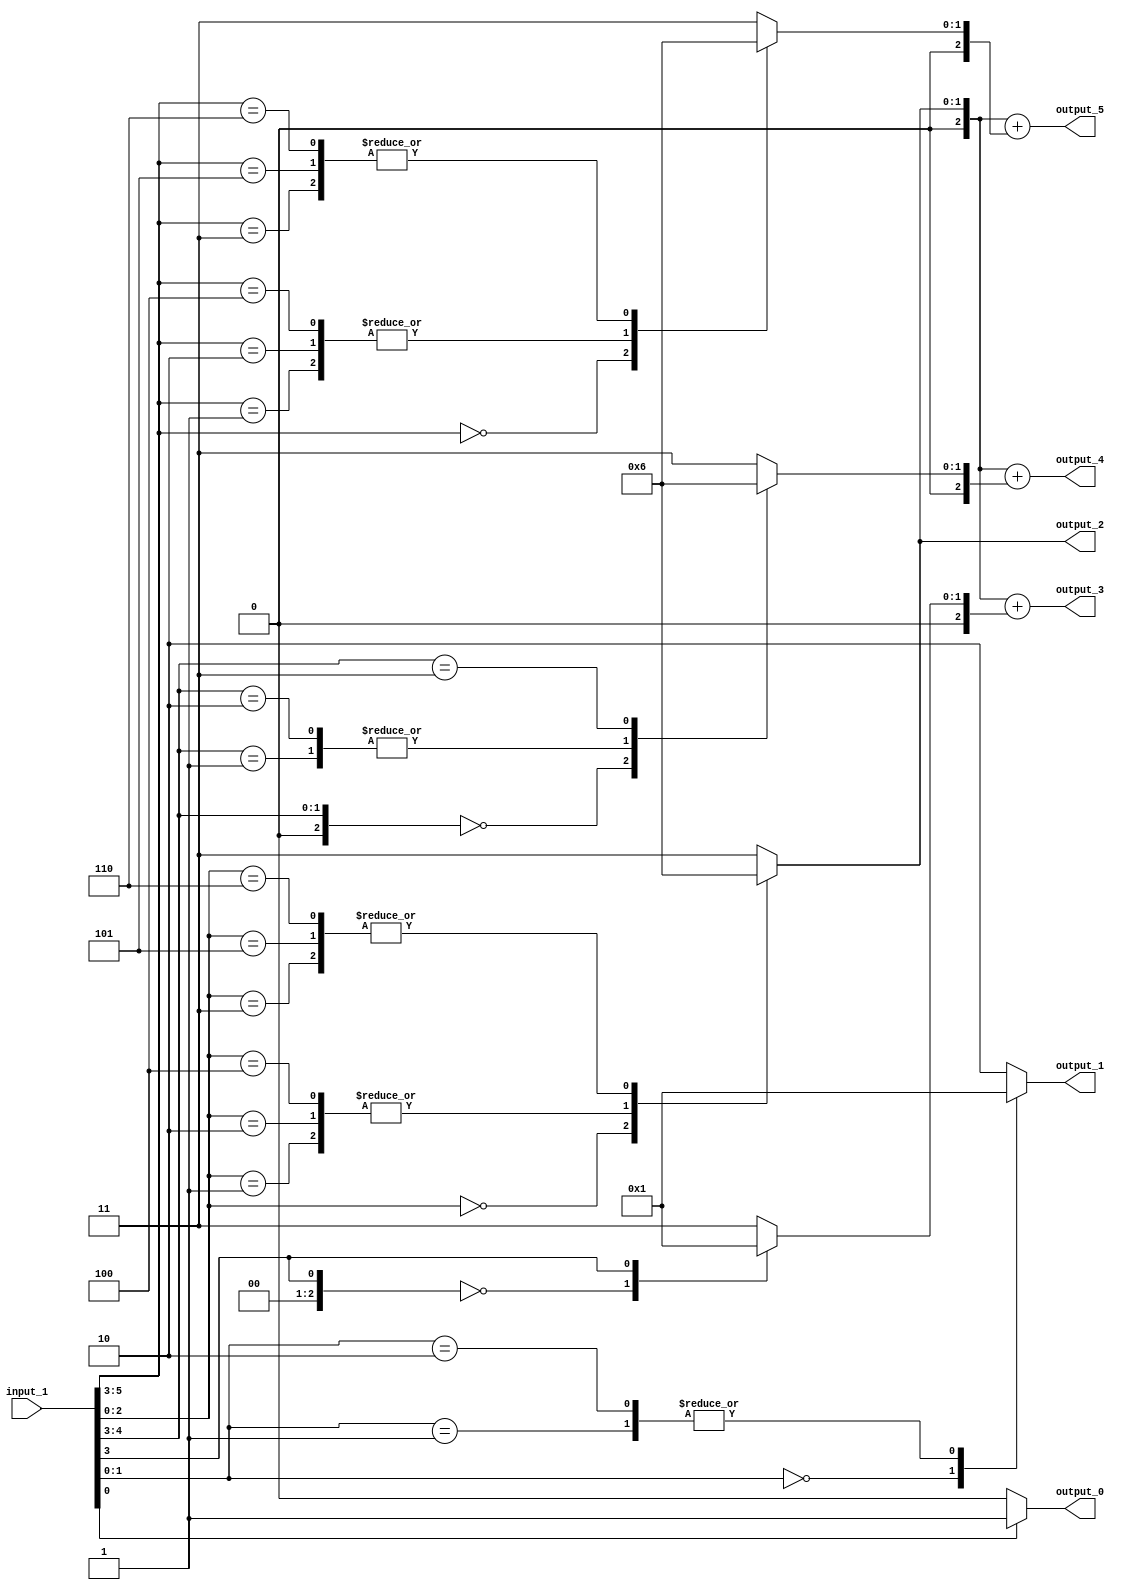
// Generator : SpinalHDL v1.4.3    git head : adf552d8f500e7419fff395b7049228e4bc5de26
// Component : unnamed
// Git hash  : adf552d8f500e7419fff395b7049228e4bc5de26



module unnamed (
  input      [5:0]    input_1,
  output     [0:0]    output_0,
  output     [1:0]    output_1,
  output     [1:0]    output_2,
  output     [2:0]    output_3,
  output     [2:0]    output_4,
  output     [2:0]    output_5
);
  reg        [0:0]    _zz_30;
  reg        [1:0]    _zz_31;
  reg        [1:0]    _zz_32;
  reg        [2:0]    _zz_33;
  reg        [2:0]    _zz_34;
  reg        [2:0]    _zz_35;
  reg        [2:0]    _zz_36;
  reg        [2:0]    _zz_37;
  reg        [2:0]    _zz_38;
  wire       [0:0]    _zz_39;
  wire       [2:0]    _zz_40;
  wire       [1:0]    _zz_41;
  wire       [2:0]    _zz_42;
  wire       [0:0]    _zz_43;
  wire       [1:0]    _zz_44;
  wire       [2:0]    _zz_45;
  wire       [2:0]    _zz_46;
  wire       [2:0]    _zz_47;
  wire       [2:0]    _zz_48;
  wire       [2:0]    _zz_49;
  wire                _zz_1;
  wire                _zz_2;
  wire                _zz_3;
  wire                _zz_4;
  wire                _zz_5;
  wire       [2:0]    _zz_6;
  wire       [2:0]    _zz_7;
  wire       [2:0]    _zz_8;
  wire       [2:0]    _zz_9;
  wire       [2:0]    _zz_10;
  wire       [2:0]    _zz_11;
  wire       [2:0]    _zz_12;
  wire       [2:0]    _zz_13;
  wire       [2:0]    _zz_14;
  wire       [2:0]    _zz_15;
  wire       [2:0]    _zz_16;
  wire       [2:0]    _zz_17;
  wire       [2:0]    _zz_18;
  wire       [2:0]    _zz_19;
  wire       [2:0]    _zz_20;
  wire       [2:0]    _zz_21;
  wire       [2:0]    _zz_22;
  wire       [2:0]    _zz_23;
  wire       [2:0]    _zz_24;
  wire       [2:0]    _zz_25;
  wire       [2:0]    _zz_26;
  wire       [2:0]    _zz_27;
  wire       [2:0]    _zz_28;
  wire       [2:0]    _zz_29;

  assign _zz_39 = _zz_4;
  assign _zz_40 = {2'd0, _zz_39};
  assign _zz_41 = {_zz_5,_zz_4};
  assign _zz_42 = {1'd0, _zz_41};
  assign _zz_43 = _zz_1;
  assign _zz_44 = {_zz_2,_zz_1};
  assign _zz_45 = {_zz_3,{_zz_2,_zz_1}};
  assign _zz_46 = {_zz_3,{_zz_2,_zz_1}};
  assign _zz_47 = {_zz_3,{_zz_2,_zz_1}};
  assign _zz_48 = {_zz_3,{_zz_2,_zz_1}};
  assign _zz_49 = {input_1[5],{_zz_5,_zz_4}};
  always @(*) begin
    case(_zz_43)
      1'b0 : begin
        _zz_30 = 1'b0;
      end
      default : begin
        _zz_30 = 1'b1;
      end
    endcase
  end

  always @(*) begin
    case(_zz_44)
      2'b00 : begin
        _zz_31 = 2'b00;
      end
      2'b01 : begin
        _zz_31 = 2'b01;
      end
      2'b10 : begin
        _zz_31 = 2'b01;
      end
      default : begin
        _zz_31 = 2'b10;
      end
    endcase
  end

  always @(*) begin
    case(_zz_45)
      3'b000 : begin
        _zz_32 = 2'b00;
      end
      3'b001 : begin
        _zz_32 = 2'b01;
      end
      3'b010 : begin
        _zz_32 = 2'b01;
      end
      3'b011 : begin
        _zz_32 = 2'b10;
      end
      3'b100 : begin
        _zz_32 = 2'b01;
      end
      3'b101 : begin
        _zz_32 = 2'b10;
      end
      3'b110 : begin
        _zz_32 = 2'b10;
      end
      default : begin
        _zz_32 = 2'b11;
      end
    endcase
  end

  always @(*) begin
    case(_zz_46)
      3'b000 : begin
        _zz_33 = _zz_6;
      end
      3'b001 : begin
        _zz_33 = _zz_7;
      end
      3'b010 : begin
        _zz_33 = _zz_8;
      end
      3'b011 : begin
        _zz_33 = _zz_9;
      end
      3'b100 : begin
        _zz_33 = _zz_10;
      end
      3'b101 : begin
        _zz_33 = _zz_11;
      end
      3'b110 : begin
        _zz_33 = _zz_12;
      end
      default : begin
        _zz_33 = _zz_13;
      end
    endcase
  end

  always @(*) begin
    case(_zz_40)
      3'b000 : begin
        _zz_34 = _zz_6;
      end
      3'b001 : begin
        _zz_34 = _zz_7;
      end
      3'b010 : begin
        _zz_34 = _zz_8;
      end
      3'b011 : begin
        _zz_34 = _zz_9;
      end
      3'b100 : begin
        _zz_34 = _zz_10;
      end
      3'b101 : begin
        _zz_34 = _zz_11;
      end
      3'b110 : begin
        _zz_34 = _zz_12;
      end
      default : begin
        _zz_34 = _zz_13;
      end
    endcase
  end

  always @(*) begin
    case(_zz_47)
      3'b000 : begin
        _zz_35 = _zz_14;
      end
      3'b001 : begin
        _zz_35 = _zz_15;
      end
      3'b010 : begin
        _zz_35 = _zz_16;
      end
      3'b011 : begin
        _zz_35 = _zz_17;
      end
      3'b100 : begin
        _zz_35 = _zz_18;
      end
      3'b101 : begin
        _zz_35 = _zz_19;
      end
      3'b110 : begin
        _zz_35 = _zz_20;
      end
      default : begin
        _zz_35 = _zz_21;
      end
    endcase
  end

  always @(*) begin
    case(_zz_42)
      3'b000 : begin
        _zz_36 = _zz_14;
      end
      3'b001 : begin
        _zz_36 = _zz_15;
      end
      3'b010 : begin
        _zz_36 = _zz_16;
      end
      3'b011 : begin
        _zz_36 = _zz_17;
      end
      3'b100 : begin
        _zz_36 = _zz_18;
      end
      3'b101 : begin
        _zz_36 = _zz_19;
      end
      3'b110 : begin
        _zz_36 = _zz_20;
      end
      default : begin
        _zz_36 = _zz_21;
      end
    endcase
  end

  always @(*) begin
    case(_zz_48)
      3'b000 : begin
        _zz_37 = _zz_22;
      end
      3'b001 : begin
        _zz_37 = _zz_23;
      end
      3'b010 : begin
        _zz_37 = _zz_24;
      end
      3'b011 : begin
        _zz_37 = _zz_25;
      end
      3'b100 : begin
        _zz_37 = _zz_26;
      end
      3'b101 : begin
        _zz_37 = _zz_27;
      end
      3'b110 : begin
        _zz_37 = _zz_28;
      end
      default : begin
        _zz_37 = _zz_29;
      end
    endcase
  end

  always @(*) begin
    case(_zz_49)
      3'b000 : begin
        _zz_38 = _zz_22;
      end
      3'b001 : begin
        _zz_38 = _zz_23;
      end
      3'b010 : begin
        _zz_38 = _zz_24;
      end
      3'b011 : begin
        _zz_38 = _zz_25;
      end
      3'b100 : begin
        _zz_38 = _zz_26;
      end
      3'b101 : begin
        _zz_38 = _zz_27;
      end
      3'b110 : begin
        _zz_38 = _zz_28;
      end
      default : begin
        _zz_38 = _zz_29;
      end
    endcase
  end

  assign _zz_1 = input_1[0];
  assign _zz_2 = input_1[1];
  assign _zz_3 = input_1[2];
  assign _zz_4 = input_1[3];
  assign _zz_5 = input_1[4];
  assign output_0 = _zz_30;
  assign output_1 = _zz_31;
  assign output_2 = _zz_32;
  assign _zz_6 = 3'b000;
  assign _zz_7 = 3'b001;
  assign _zz_8 = 3'b001;
  assign _zz_9 = 3'b010;
  assign _zz_10 = 3'b001;
  assign _zz_11 = 3'b010;
  assign _zz_12 = 3'b010;
  assign _zz_13 = 3'b011;
  assign output_3 = (_zz_33 + _zz_34);
  assign _zz_14 = 3'b000;
  assign _zz_15 = 3'b001;
  assign _zz_16 = 3'b001;
  assign _zz_17 = 3'b010;
  assign _zz_18 = 3'b001;
  assign _zz_19 = 3'b010;
  assign _zz_20 = 3'b010;
  assign _zz_21 = 3'b011;
  assign output_4 = (_zz_35 + _zz_36);
  assign _zz_22 = 3'b000;
  assign _zz_23 = 3'b001;
  assign _zz_24 = 3'b001;
  assign _zz_25 = 3'b010;
  assign _zz_26 = 3'b001;
  assign _zz_27 = 3'b010;
  assign _zz_28 = 3'b010;
  assign _zz_29 = 3'b011;
  assign output_5 = (_zz_37 + _zz_38);

endmodule